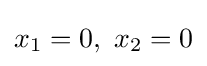
x_{1}=0,\ x_{2}=0